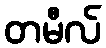
တမီလ်